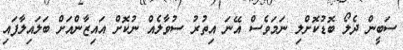
ސަބީން ދެލޯ ބޮޑުކޮށްލި ނަމަވެސް އޭނަ އިތުރު ސުވާލެއް ނުކޮށް އައިޒާންއަށް ބަލައިލާފައި